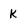
Character: k